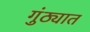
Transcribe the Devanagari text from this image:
गुंठ्यात